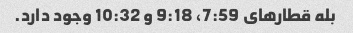
بله قطارهای 7:59، 9:18 و 10:32 وجود دارد.